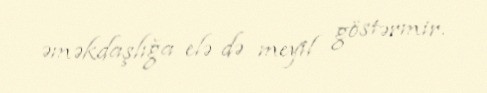
əməkdaşlığa elə də meyil göstərmir.